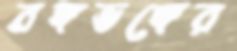
বঙ্গভঙ্গের